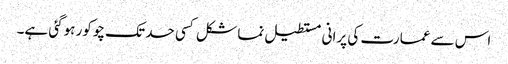
اس سے عمارت کی پرانی مستطیل نما شکل کسی حد تک چوکور ہوگئی ہے۔